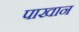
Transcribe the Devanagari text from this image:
पाखान